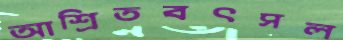
আশ্রিতবৎসল